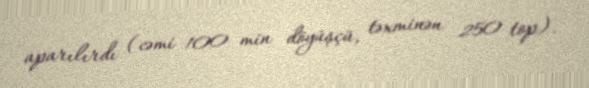
aparılırdı (cəmi 100 min döyüşçü, təxminən 250 top).